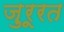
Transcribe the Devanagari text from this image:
ज़ुरूरत